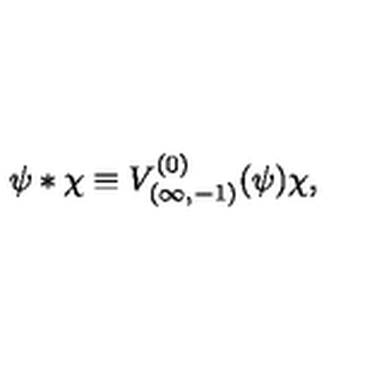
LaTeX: \psi * \chi \equiv V _ { ( \infty , - 1 ) } ^ { ( 0 ) } ( \psi ) \chi ,